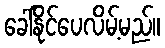
ခေါ်နိုင်ပေလိမ့်မည်။